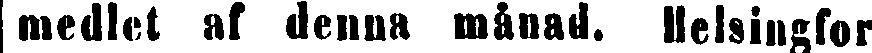
medlet af denna månad. Helsingfors